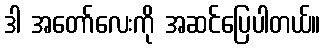
ဒါ အတော်လေးကို အဆင်ပြေပါတယ်။